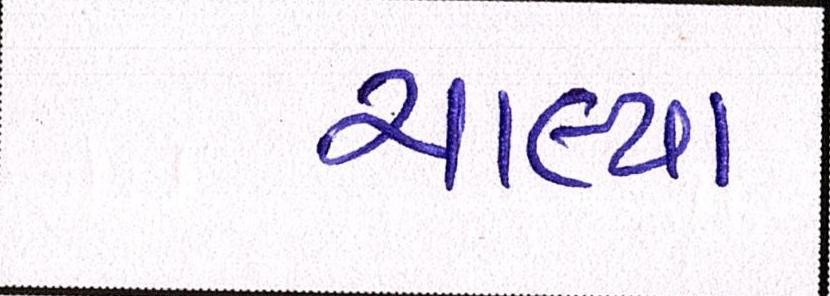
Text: ચાલ્યા